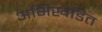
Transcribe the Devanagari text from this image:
अभिखंडित